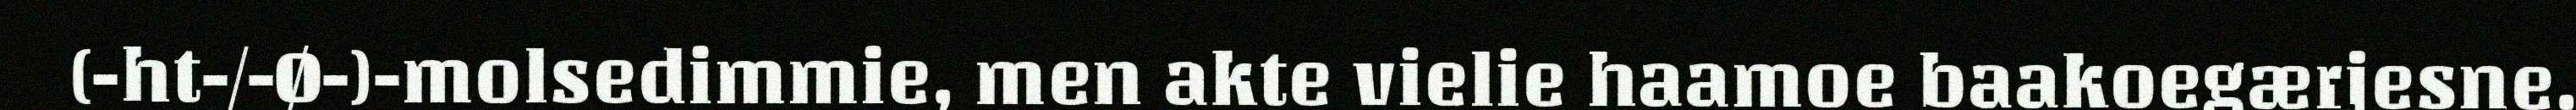
(-ht-/-Ø-)-molsedimmie, men akte vielie haamoe baakoegærjesne.